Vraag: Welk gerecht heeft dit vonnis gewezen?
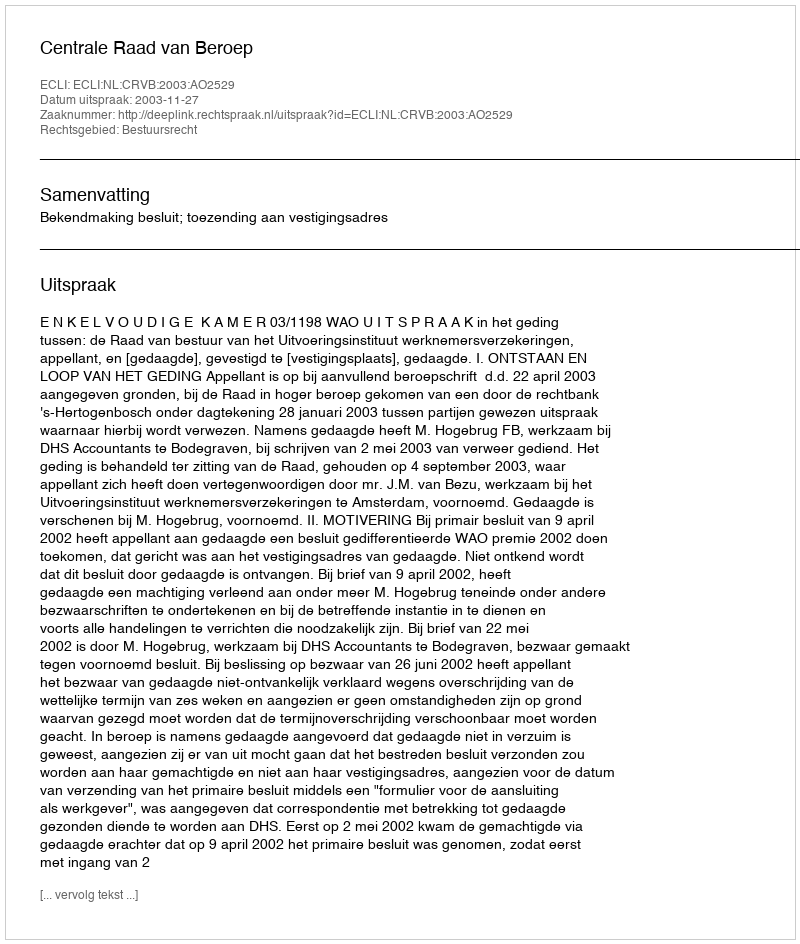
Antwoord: Centrale Raad van Beroep